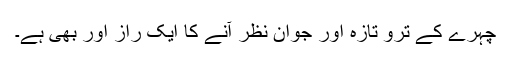
چہرے کے ترو تازہ اور جوان نظر آنے کا ایک راز اور بھی ہے۔